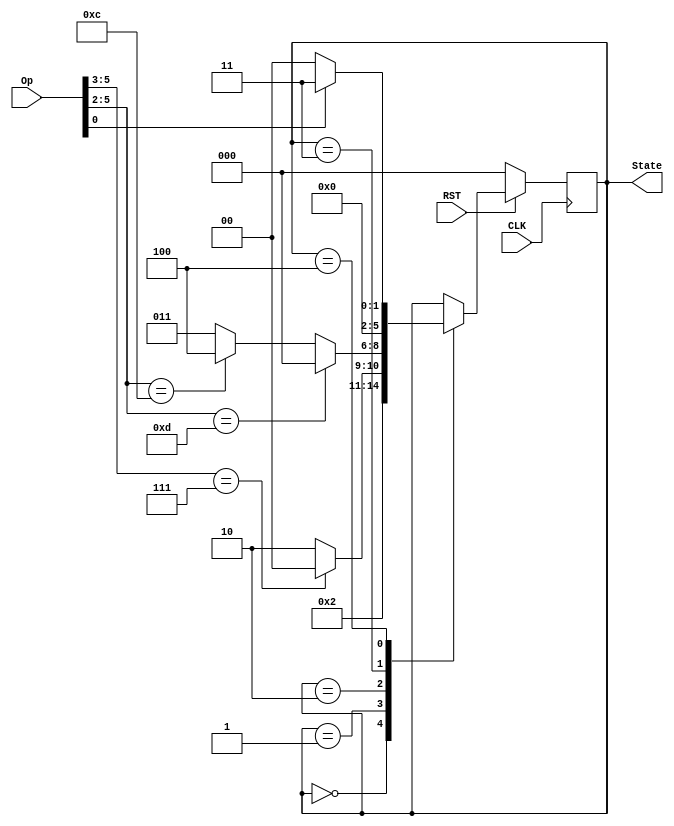
`timescale 1ns / 1ps
//////////////////////////////////////////////////////////////////////////////////
// Company: 
// Engineer: 
// 
// Design Name: 
// Module Name: state
// Project Name: 
// Target Devices: 
// Tool Versions: 
// Description: 
// 
// Dependencies: 
// 
// Revision:
// Revision 0.01 - File Created
// Additional Comments:
// 
//////////////////////////////////////////////////////////////////////////////////


module state(
    input CLK,
    input RST,
    input[5:0] Op,
    output reg[2:0] State
    );
    
    always@(posedge CLK) begin
        if (RST == 0) State = 3'b000;
        else begin
            case(State)
                3'b000: State = 3'b001;
                3'b001: begin
                    if (Op[5:3] == 3'b111) State = 3'b000;
                    else State = 3'b010;
                end
                3'b010: begin
                    if (Op[5:2] == 4'b1101) State = 3'b000;
                    else if (Op[5:2] == 4'b1100) State = 3'b100;
                    else State = 3'b011;
                end
                3'b011: State = 3'b000;
                3'b100: begin
                    if (Op[0] == 0) State = 3'b000;
                    else State = 3'b011;
                end
            endcase
        end
    end
endmodule